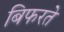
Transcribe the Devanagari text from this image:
बिफरते